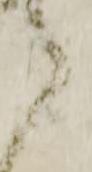
ら